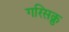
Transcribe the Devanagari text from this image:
गरिसक्नु